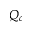
Q _ { c }